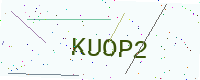
Text: KUOP2